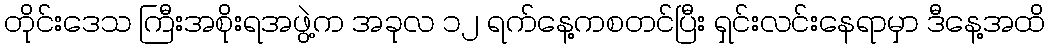
တိုင်းဒေသ ကြီးအစိုးရအဖွဲ့က အခုလ ၁၂ ရက်နေ့ကစတင်ပြီး ရှင်းလင်းနေရာမှာ ဒီနေ့အထိ